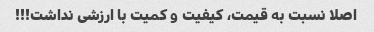
اصلا نسبت به قیمت، کیفیت و کمیت با ارزشی نداشت!!!